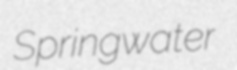
Springwater